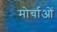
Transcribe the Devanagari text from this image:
मोर्चाओं